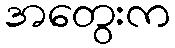
အတွေးက